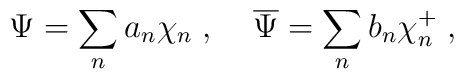
\Psi=\sum_n a_n\chi_n\; ,\;\;\;\; \overline{\Psi}=\sum_n b_n\chi_n^+\; ,